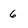
Character: 6